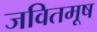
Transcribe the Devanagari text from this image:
जवितमूष